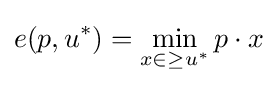
e(p,u^{*})=\min _{x\in \geq {u^{*}}}p\cdot x